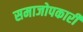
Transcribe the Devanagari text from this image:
समाजोपकारी